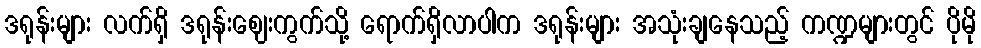
ဒရုန်းများ လက်ရှိ ဒရုန်းဈေးကွက်သို့ ရောက်ရှိလာပါက ဒရုန်းများ အသုံးချနေသည့် ကဏ္ဍများတွင် ပိုမို